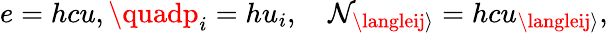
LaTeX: e=hcu,\quadp_{i}=hu_{i},\quad\mathcal{N}_{\langleij\rangle}=hcu_{\langleij\rangle},